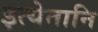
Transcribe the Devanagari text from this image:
इत्येतानि